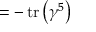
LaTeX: = - \operatorname { t r } \left( \gamma ^ { 5 } \right)